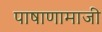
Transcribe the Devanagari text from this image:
पाषाणामाजी